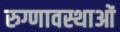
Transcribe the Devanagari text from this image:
रुग्णावस्थाओं